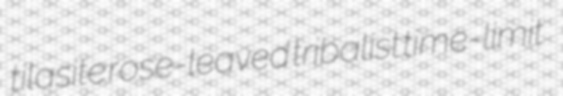
tilasite rose-leaved tribalist time-limit